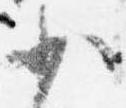
少